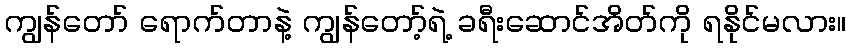
ကျွန်တော် ရောက်တာနဲ့ ကျွန်တော့်ရဲ့ ခရီးဆောင်အိတ်ကို ရနိုင်မလား။